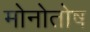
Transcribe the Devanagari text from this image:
मोनोतोष